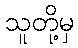
သူတို့မှ